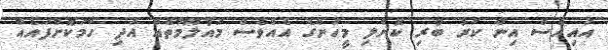
އައިއެސް އިން ކަރު ބުރި ކޮށްލި މީހުންގެ އެއްވެސް މައުލޫމާތެއް އަދި ހާމަކޮށްފައެއް